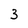
Character: 3